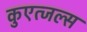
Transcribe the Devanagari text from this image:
कुएत्जल्स